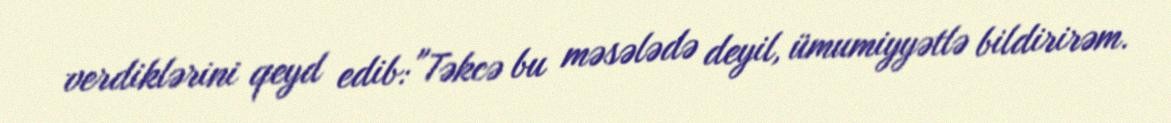
verdiklərini qeyd edib: "Təkcə bu məsələdə deyil, ümumiyyətlə bildirirəm.